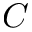
C